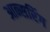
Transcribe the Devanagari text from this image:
आन्सरिंग